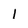
Character: 1